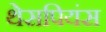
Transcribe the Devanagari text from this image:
थेसपियंस